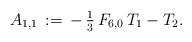
\begin{align*}A_{1,1}\,:=\,-\,\tfrac{1}{3}\,F_{6,0}\,T_1-T_2.\end{align*}